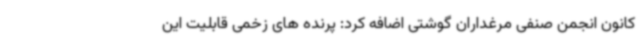
کانون انجمن صنفی مرغداران گوشتی اضافه کرد: پرنده های زخمی قابلیت این